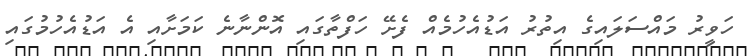
ހަވީރު މައްސަލައިގެ އިތުރު އަޑުއެހުމެއް ފެށޭ ހަފްތާގައި އޮންނާނެ ކަމަށާއި އެ އަޑުއެހުމުގައި